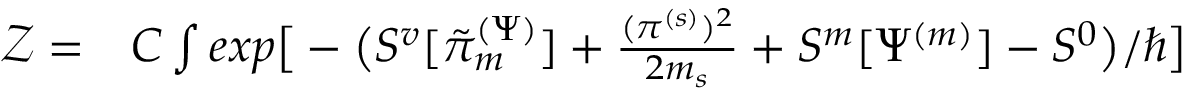
\begin{array} { r l } { \mathcal { Z } = } & { { } C \int e x p \big [ - \big ( S ^ { v } [ \tilde { \pi } _ { m } ^ { ( \Psi ) } ] + \frac { ( \pi ^ { ( s ) } ) ^ { 2 } } { 2 m _ { s } } + S ^ { m } [ \Psi ^ { ( m ) } ] - S ^ { 0 } \big ) / \hbar \big ] } \end{array}